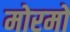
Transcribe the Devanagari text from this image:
मोरमों